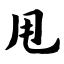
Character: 甩